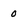
Character: 0